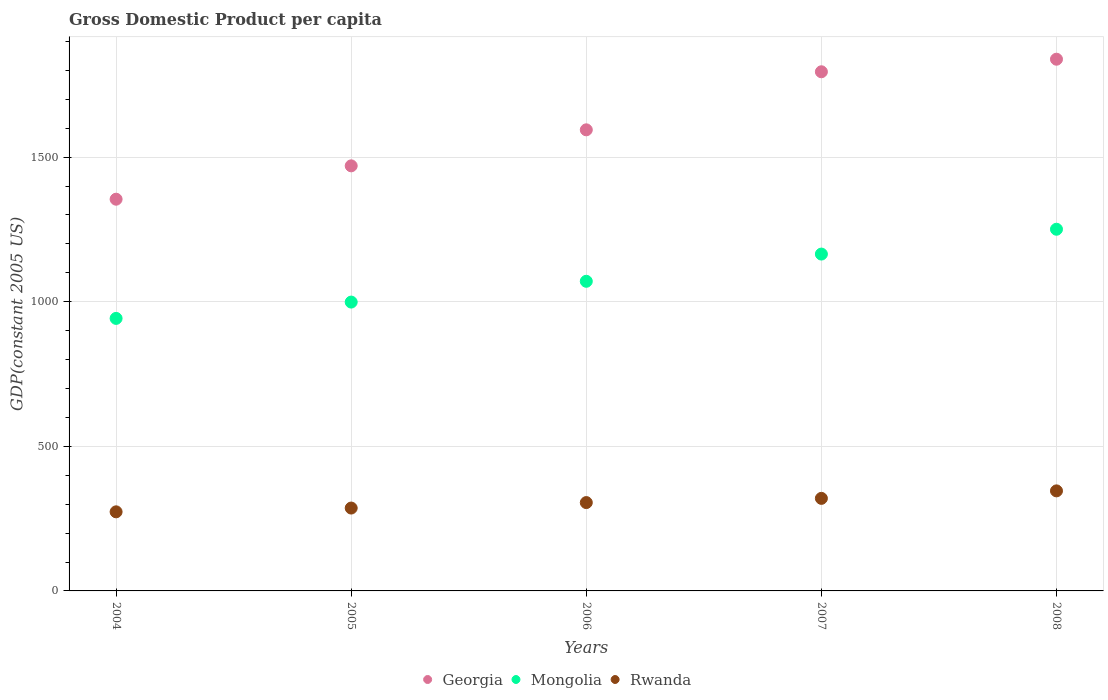
| Years | Georgia | Mongolia | Rwanda |
 | --- | --- | --- | --- |
 | 2004 | 1.35e+03 | 942 | 273 |
 | 2005 | 1.47e+03 | 999 | 287 |
 | 2006 | 1.59e+03 | 1.07e+03 | 305 |
 | 2007 | 1.8e+03 | 1.16e+03 | 320 |
 | 2008 | 1.84e+03 | 1.25e+03 | 346 |